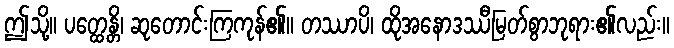
ဤသို့။ ပတ္ထေန္တိ၊ ဆုတောင်းကြကုန်၏။ တဿာပိ၊ ထိုအနောဒဿီမြတ်စွာဘုရား၏လည်း။